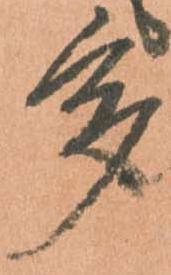
多